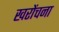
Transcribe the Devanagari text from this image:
खरोंचना